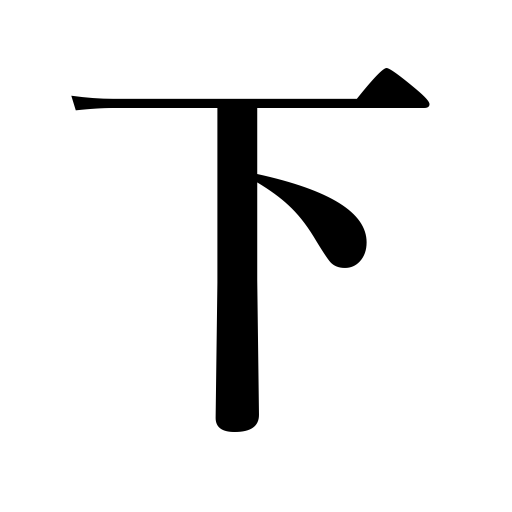
Meanings: borrow in subtraction,wear a decoration,vicinity,launch,let down,be less than,hand down decisions,wane,leave the capital,abate,exercise,reduce rank,part payment,lift down,get off,draw money,base,fall,below average,dismiss,downstairs,bottom,subordinate place,issue orders,be given,lower part,come down,subordinate,lock,step down,confer,go behind,favor with,withdraw,swoop down,sub,retire,drop,the foot,second,lower stream,move back,wear for the first time,take down,foot,inferiority,hang,go down,the servants,lower part of the body,lower,low class,oblige,have diarrhea,dangle,get down,lay hands on,grant,the governed,invoke,give,the masses,or last volume,let go,be granted,hang down,preliminary,stand back,under,remove,pull down,latter,grate,descend,let off passengers,land,cause abortion